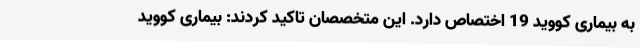
به بیماری کووید 19 اختصاص دارد. این متخصصان تاکید کردند: بیماری کووید